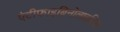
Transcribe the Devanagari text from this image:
एंटीफाइब्रिनोलाइटिक